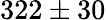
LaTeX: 322\pm 30